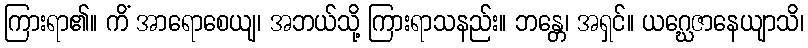
ကြားရာ၏။ ကိံ အာရောစေယျ၊ အဘယ်သို့ ကြားရာသနည်း။ ဘန္တေ၊ အရှင်။ ယဂ္ဃေဇာနေယျာသိ၊